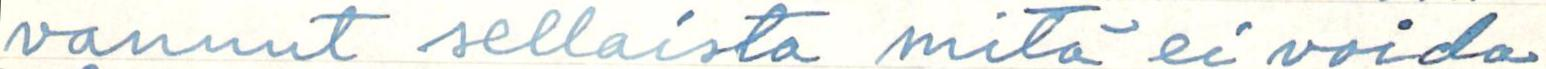
vannut sellaista mitä ei voida